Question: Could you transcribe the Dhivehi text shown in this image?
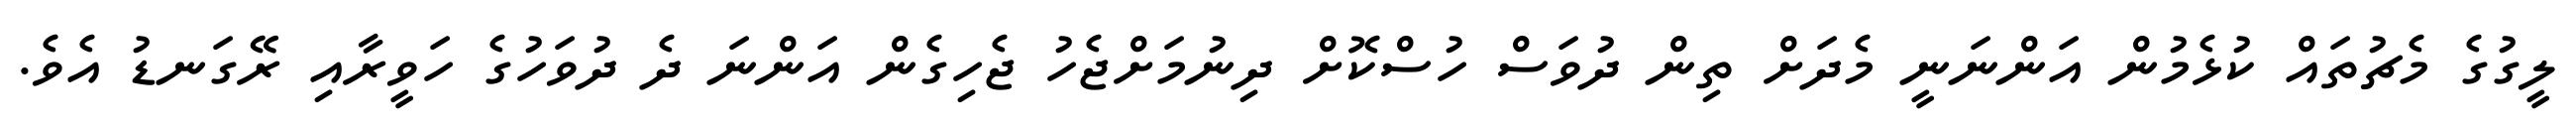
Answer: ލީގުގެ މެޗުތައް ކުޅެމުން އަންނަނީ މެދަށް ތިން ދުވަސް ހުސްކޮށް ދިނުމަށްޖެހު ޖެހިގެން އަންނަ ދެ ދުވަހުގެ ހަވީރާއި ރޭގަނޑު އެވެ.